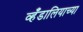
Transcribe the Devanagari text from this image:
व्हँडालियाच्या